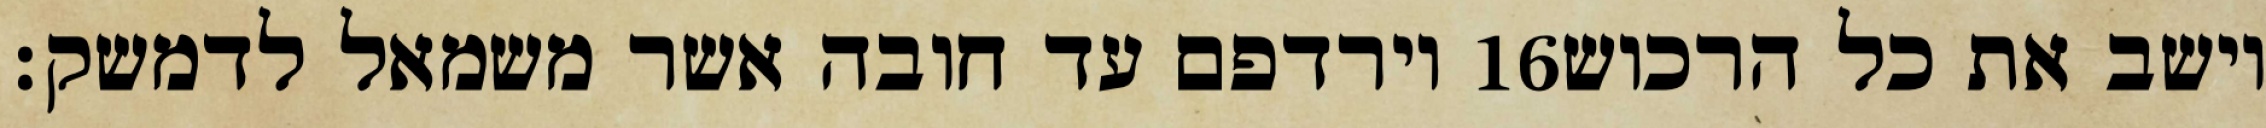
וירדפם עד חובה אשר משמאל לדמשק׃ ‎16‏ וישב את כל הרכוש